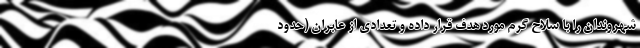
شهروندان را با سلاح گرم مورد هدف قرار داده و تعدادی از عابران (حدود